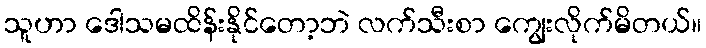
သူဟာ ဒေါသမထိန်းနိုင်တော့ဘဲ လက်သီးစာ ကျွေးလိုက်မိတယ်။